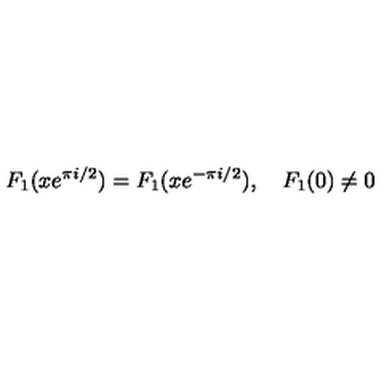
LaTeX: F _ { 1 } ( x e ^ { \pi i / 2 } ) = F _ { 1 } ( x e ^ { - \pi i / 2 } ) , \quad F _ { 1 } ( 0 ) \ne 0